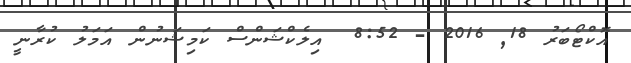
އޮކްޓޯބަރު 18